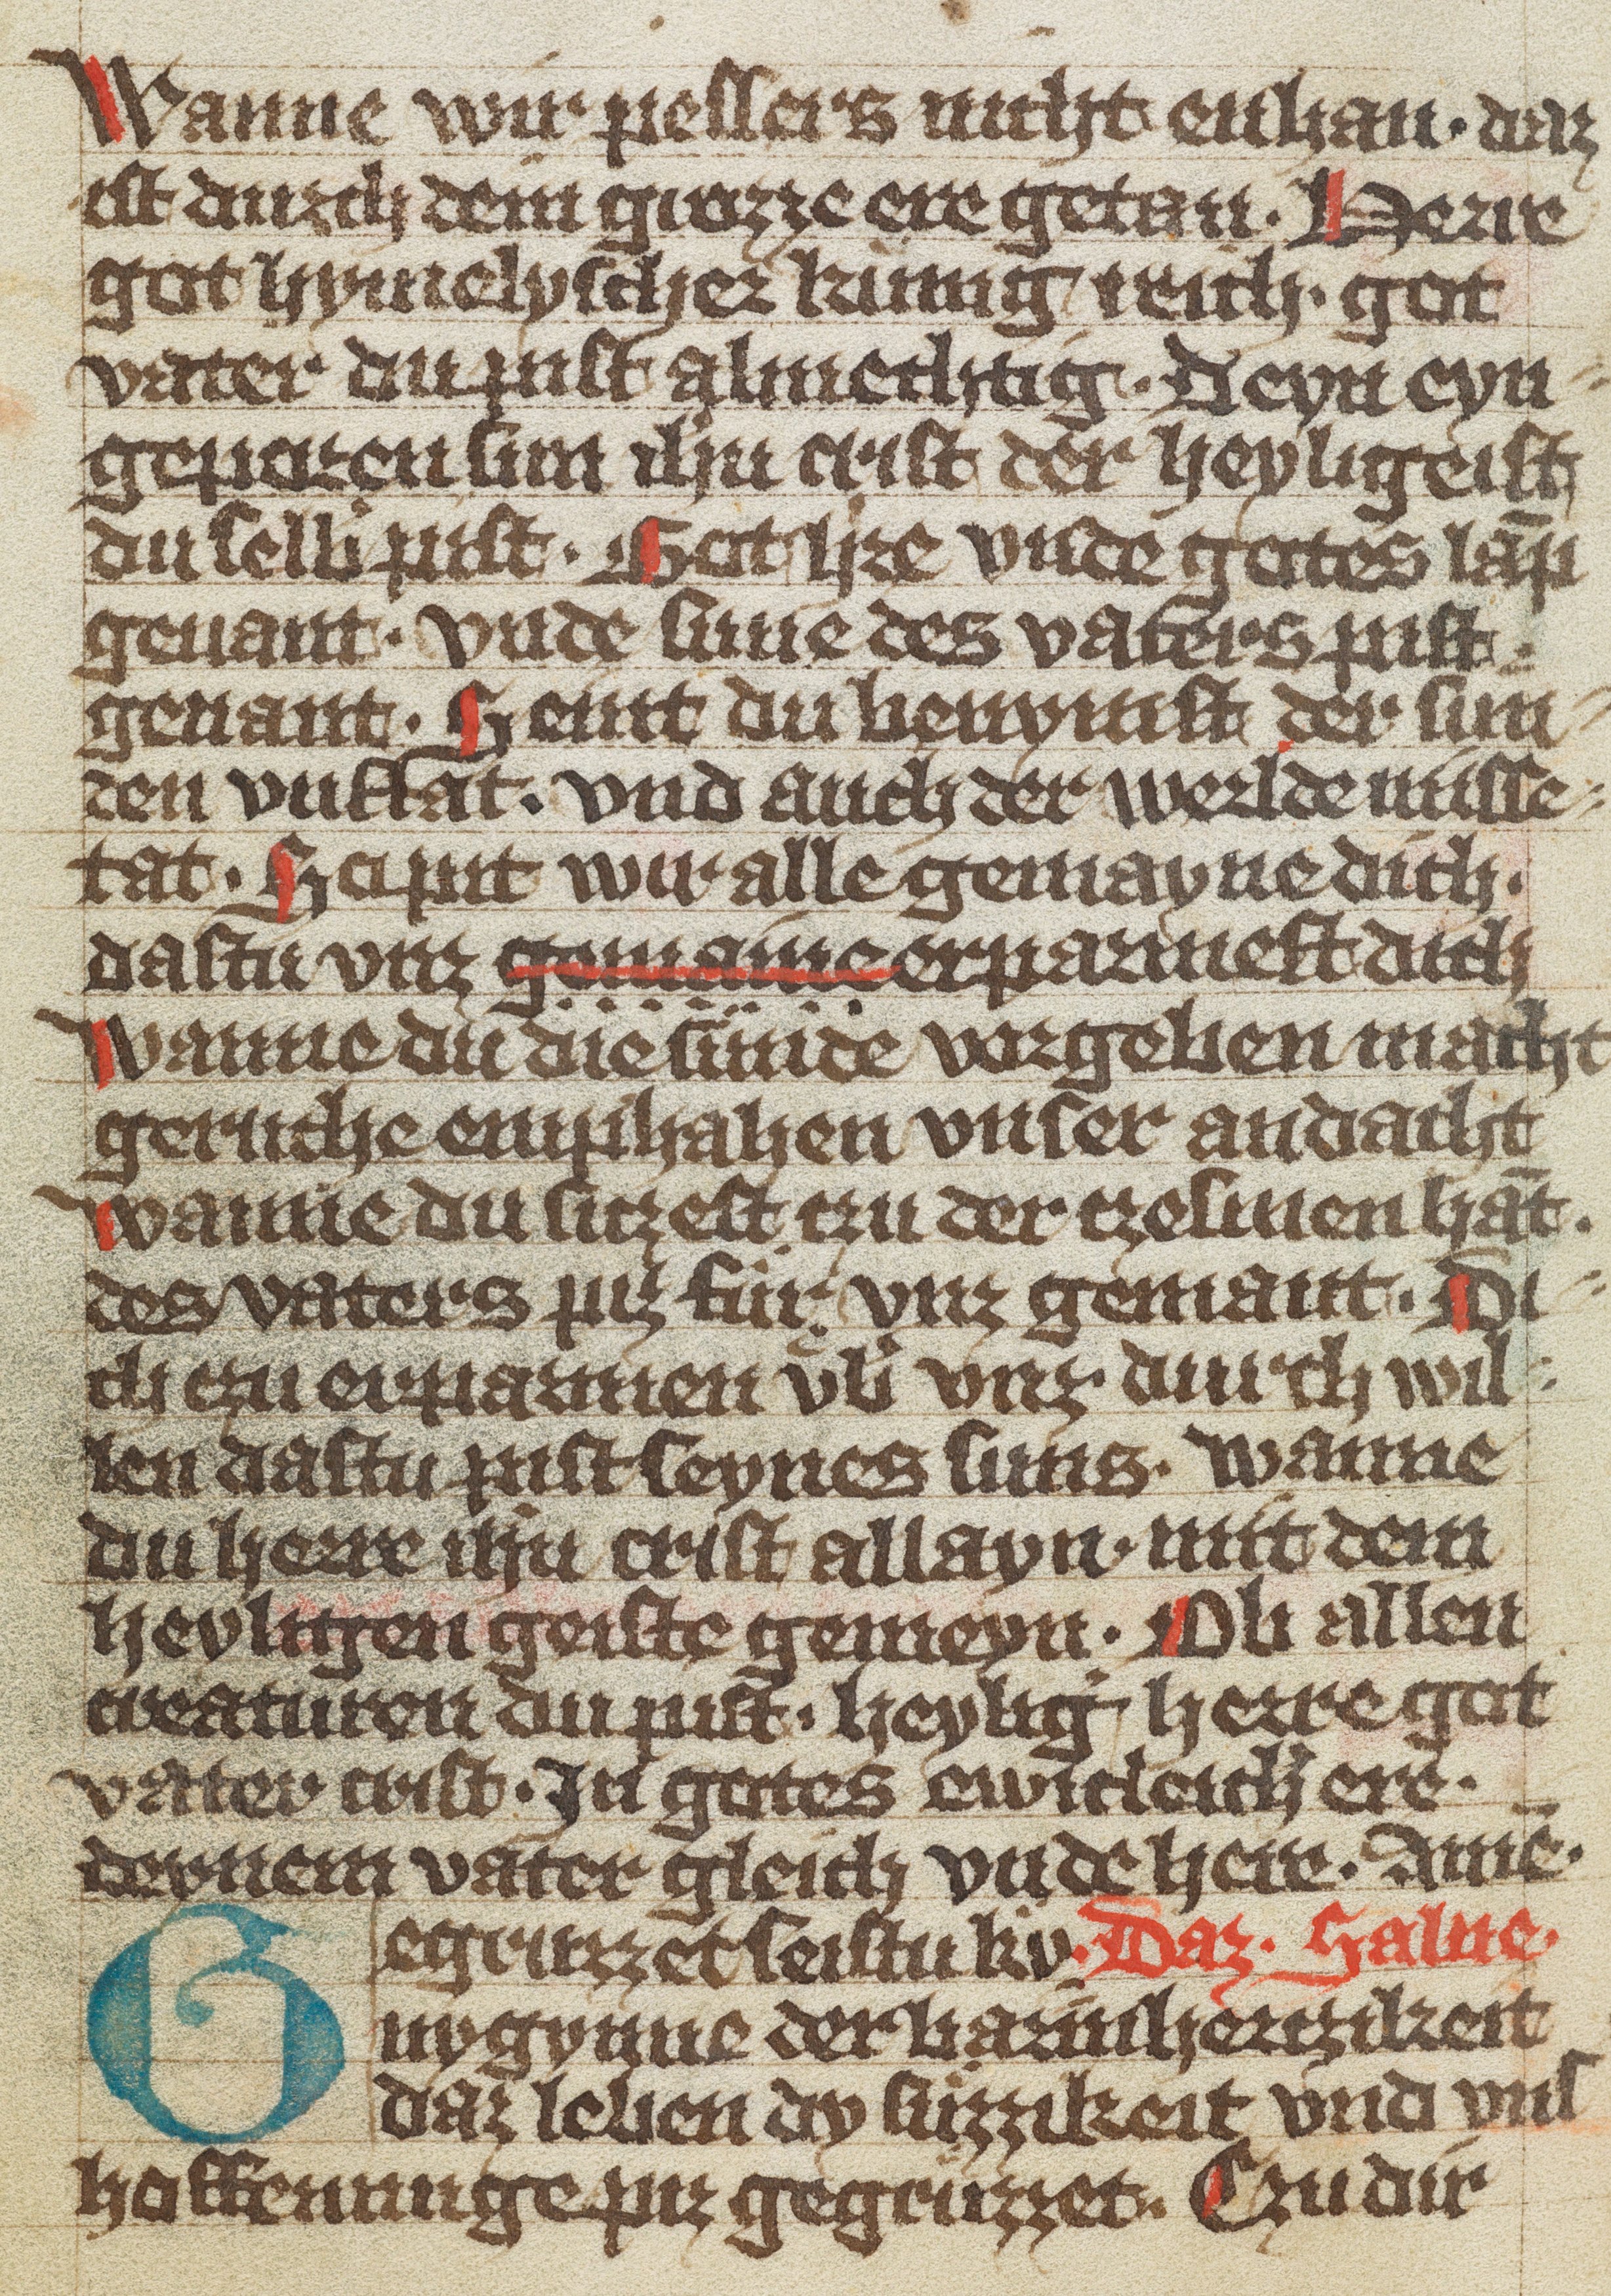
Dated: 1370–1449